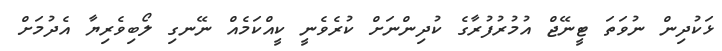
ޅަކުދިން ނުވަތަ ޓީނޭޖް އުމުރުފުރާގެ ކުދިންނަށް ކުރެވެނީ ކީއްކަމެއް ނޭނގި ލޯބިވެރިޔާ އެދުމަށް